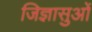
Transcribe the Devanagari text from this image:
जिज्ञासुओं